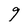
Character: 9